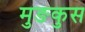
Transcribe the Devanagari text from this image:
मुङकुस